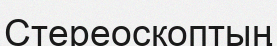
Стереоскоптың